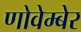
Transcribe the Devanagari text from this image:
णोवेम्बेर